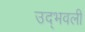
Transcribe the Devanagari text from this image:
उद्‍भवली